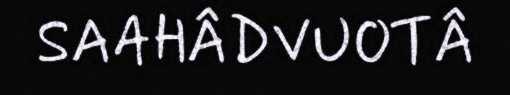
SAAHÂDVUOTÂ